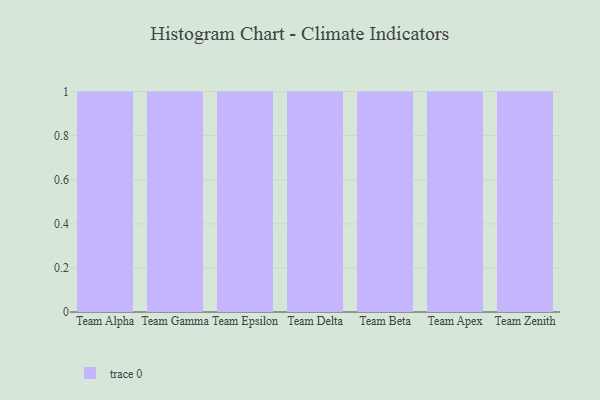
{"axis": {"x": "Team", "y": "Waste Production (Tons)"}, "legend": [""], "data": [{"x": "Team Alpha", "y": 67, "type": ""}, {"x": "Team Gamma", "y": 85, "type": ""}, {"x": "Team Epsilon", "y": 88, "type": ""}, {"x": "Team Delta", "y": 45, "type": ""}, {"x": "Team Beta", "y": 83, "type": ""}, {"x": "Team Apex", "y": 98, "type": ""}, {"x": "Team Zenith", "y": 59, "type": ""}]}